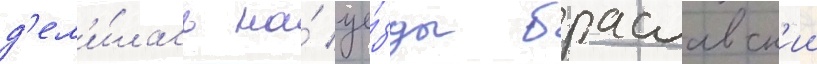
д'ел'и́лась на́ уе́зды браславск'ии